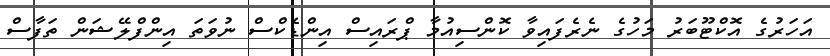
އަހަރުގެ އޮކްޓޫބަރު މަހުގެ ނެރެފައިވާ ކޮންސިއުމާ ޕްރައިސް އިންޑެކްސް ނުވަތަ އިންފްލޭޝަން ތަފާސް